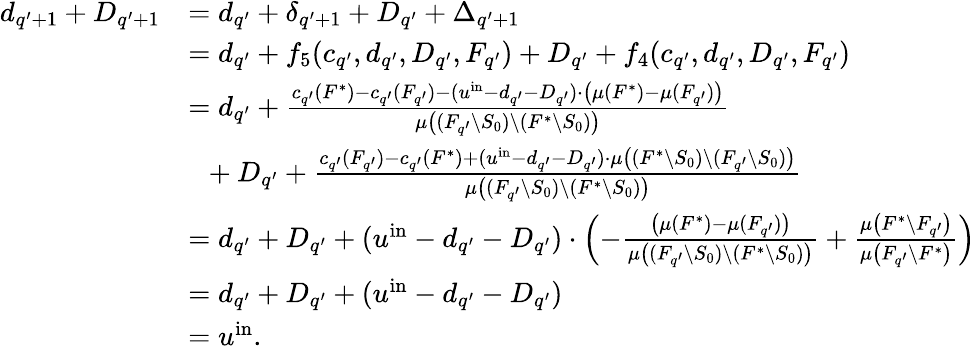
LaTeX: \begin{array}{rl}{d_{q^{\prime}+1}+D_{q^{\prime}+1}}&{=d_{q^{\prime}}+\delta_{q^{\prime}+1}+D_{q^{\prime}}+\Delta_{q^{\prime}+1}}\\ {}&{=d_{q^{\prime}}+f_{5}(c_{q^{\prime}},d_{q^{\prime}},D_{q^{\prime}},F_{q^{\prime}})+D_{q^{\prime}}+f_{4}(c_{q^{\prime}},d_{q^{\prime}},D_{q^{\prime}},F_{q^{\prime}})}\\ {}&{=d_{q^{\prime}}+\frac{c_{q^{\prime}}(F^{*})-c_{q^{\prime}}(F_{q^{\prime}})-(u^{\mathrm{in}}-d_{q^{\prime}}-D_{q^{\prime}})\cdot\left(\mu(F^{*})-\mu(F_{q^{\prime}})\right)}{\mu\left((F_{q^{\prime}}\setminus S_{0})\setminus(F^{*}\setminus S_{0})\right)}}\\ {}&{~~+D_{q^{\prime}}+\frac{c_{q^{\prime}}(F_{q^{\prime}})-c_{q^{\prime}}(F^{*})+(u^{\mathrm{in}}-d_{q^{\prime}}-D_{q^{\prime}})\cdot\mu\left((F^{*}\setminus S_{0})\setminus(F_{q^{\prime}}\setminus S_{0})\right)}{\mu\left((F_{q^{\prime}}\setminus S_{0})\setminus(F^{*}\setminus S_{0})\right)}}\\ {}&{=d_{q^{\prime}}+D_{q^{\prime}}+(u^{\mathrm{in}}-d_{q^{\prime}}-D_{q^{\prime}})\cdot\left(-\frac{\left(\mu(F^{*})-\mu(F_{q^{\prime}})\right)}{\mu\left((F_{q^{\prime}}\setminus S_{0})\setminus(F^{*}\setminus S_{0})\right)}+\frac{\mu\left(F^{*}\setminus F_{q^{\prime}}\right)}{\mu\left(F_{q^{\prime}}\setminus F^{*}\right)}\right)}\\ {}&{=d_{q^{\prime}}+D_{q^{\prime}}+(u^{\mathrm{in}}-d_{q^{\prime}}-D_{q^{\prime}})}\\ {}&{=u^{\mathrm{in}}.}\end{array}